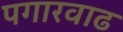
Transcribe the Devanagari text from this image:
पगारवाढ